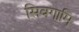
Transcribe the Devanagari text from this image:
सिवगामि